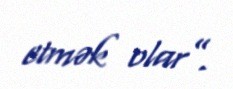
etmək olar”.